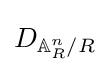
D_{\mathbb {A} _{R}^{n}/R}